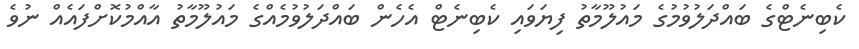
ކެބިނެޓްގެ ބައްދަލުވުމުގެ މައުލޫމާތު ފިޔަވައި ކެބިނެޓް އެހެން ބައްދަލުވުމެއްގެ މައުލޫމާތު އާއްމުކޮށްފައެއް ނުވެ